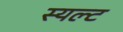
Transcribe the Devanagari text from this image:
स्यल्ट